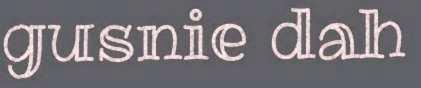
gusnie dah